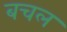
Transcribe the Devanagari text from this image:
बचल